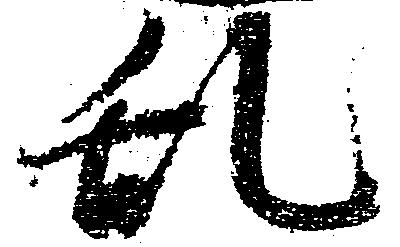
乱